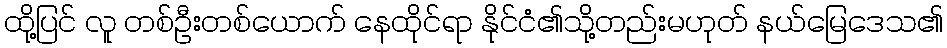
ထို့ပြင် လူ တစ်ဦးတစ်ယောက် နေထိုင်ရာ နိုင်ငံ၏သို့တည်းမဟုတ် နယ်မြေဒေသ၏